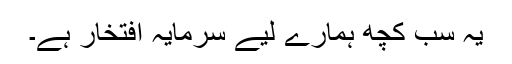
یہ سب کچھ ہمارے لیے سرمایہ افتخار ہے۔